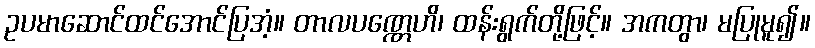
ဥပမာဆောင်ထင်အောင်ပြအံ့။ တာလပဏ္ဏေဟိ၊ ထန်းရွက်တို့ဖြင့်။ အကတွာ၊ မပြုမူ၍။